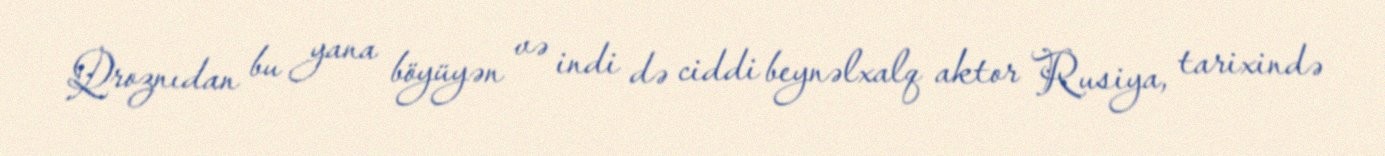
Qroznıdan bu yana böyüyən və indi də ciddi beynəlxalq aktor Rusiya, tarixində